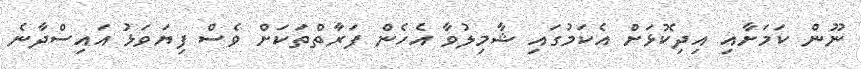
ނޫން ކަމަށާއި އިދިކޮޅަށް އެކަމުގައި ޝާމިލުވާ އެހެން ފަރާތްތަކަށް ވެސް ފިޔަވަޅު އައިސްދާނެ